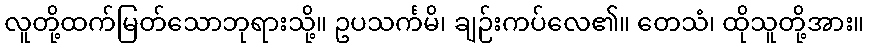
လူတို့ထက်မြတ်သောဘုရားသို့။ ဥပသင်္ကမိ၊ ချဉ်းကပ်လေ၏။ တေသံ၊ ထိုသူတို့အား။